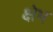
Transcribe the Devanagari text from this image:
क्षेभ